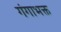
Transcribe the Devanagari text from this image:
गंगाभक्त